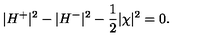
| H ^ { + } | ^ { 2 } - | H ^ { - } | ^ { 2 } - \frac { 1 } { 2 } | \chi | ^ { 2 } = 0 .